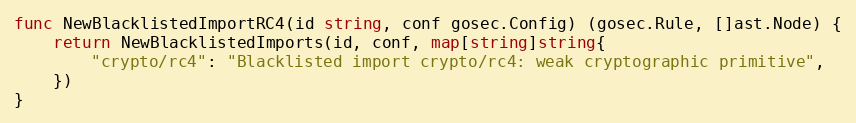
Language: Go
func NewBlacklistedImportRC4(id string, conf gosec.Config) (gosec.Rule, []ast.Node) {
	return NewBlacklistedImports(id, conf, map[string]string{
		"crypto/rc4": "Blacklisted import crypto/rc4: weak cryptographic primitive",
	})
}